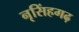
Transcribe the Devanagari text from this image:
नृसिंहगढ़